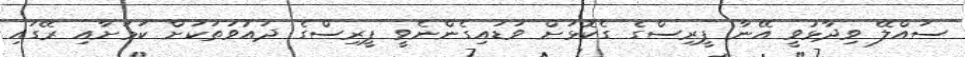
ސައްލޭ ވިދާޅުވީ އޭނާ ޕީރިސްގެ ގެކޮޅަށް ވަޑައިގެންނެވީ ޕީރިސްގެ ދައުވަތަކަށް ކަމަށާއި ރޭގައި